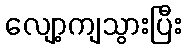
လျော့ကျသွားပြီး